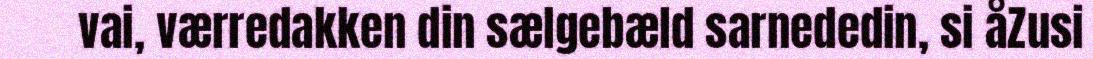
vai, værredakken din sælgebæld sarnededin, si åZusi